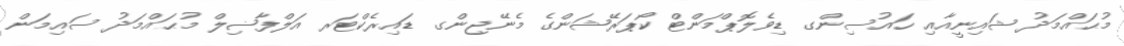
މުޙައްމަދު ޝައިނީއާއި ހައުސިންގ ޑިވެލޮޕްމަންޓް ކޯޕަރޭޝަންގެ މެނޭޖިންގ ޑައިރެކްޓަރ އަލްފާޟިލް މުޙައްމަދު ސައިމަން